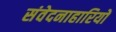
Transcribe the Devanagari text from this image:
संवेदनाहारियों